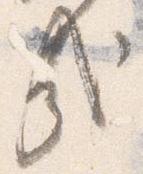
哉